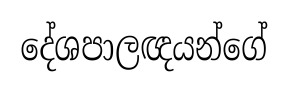
දේශපාලඥයන්ගේ